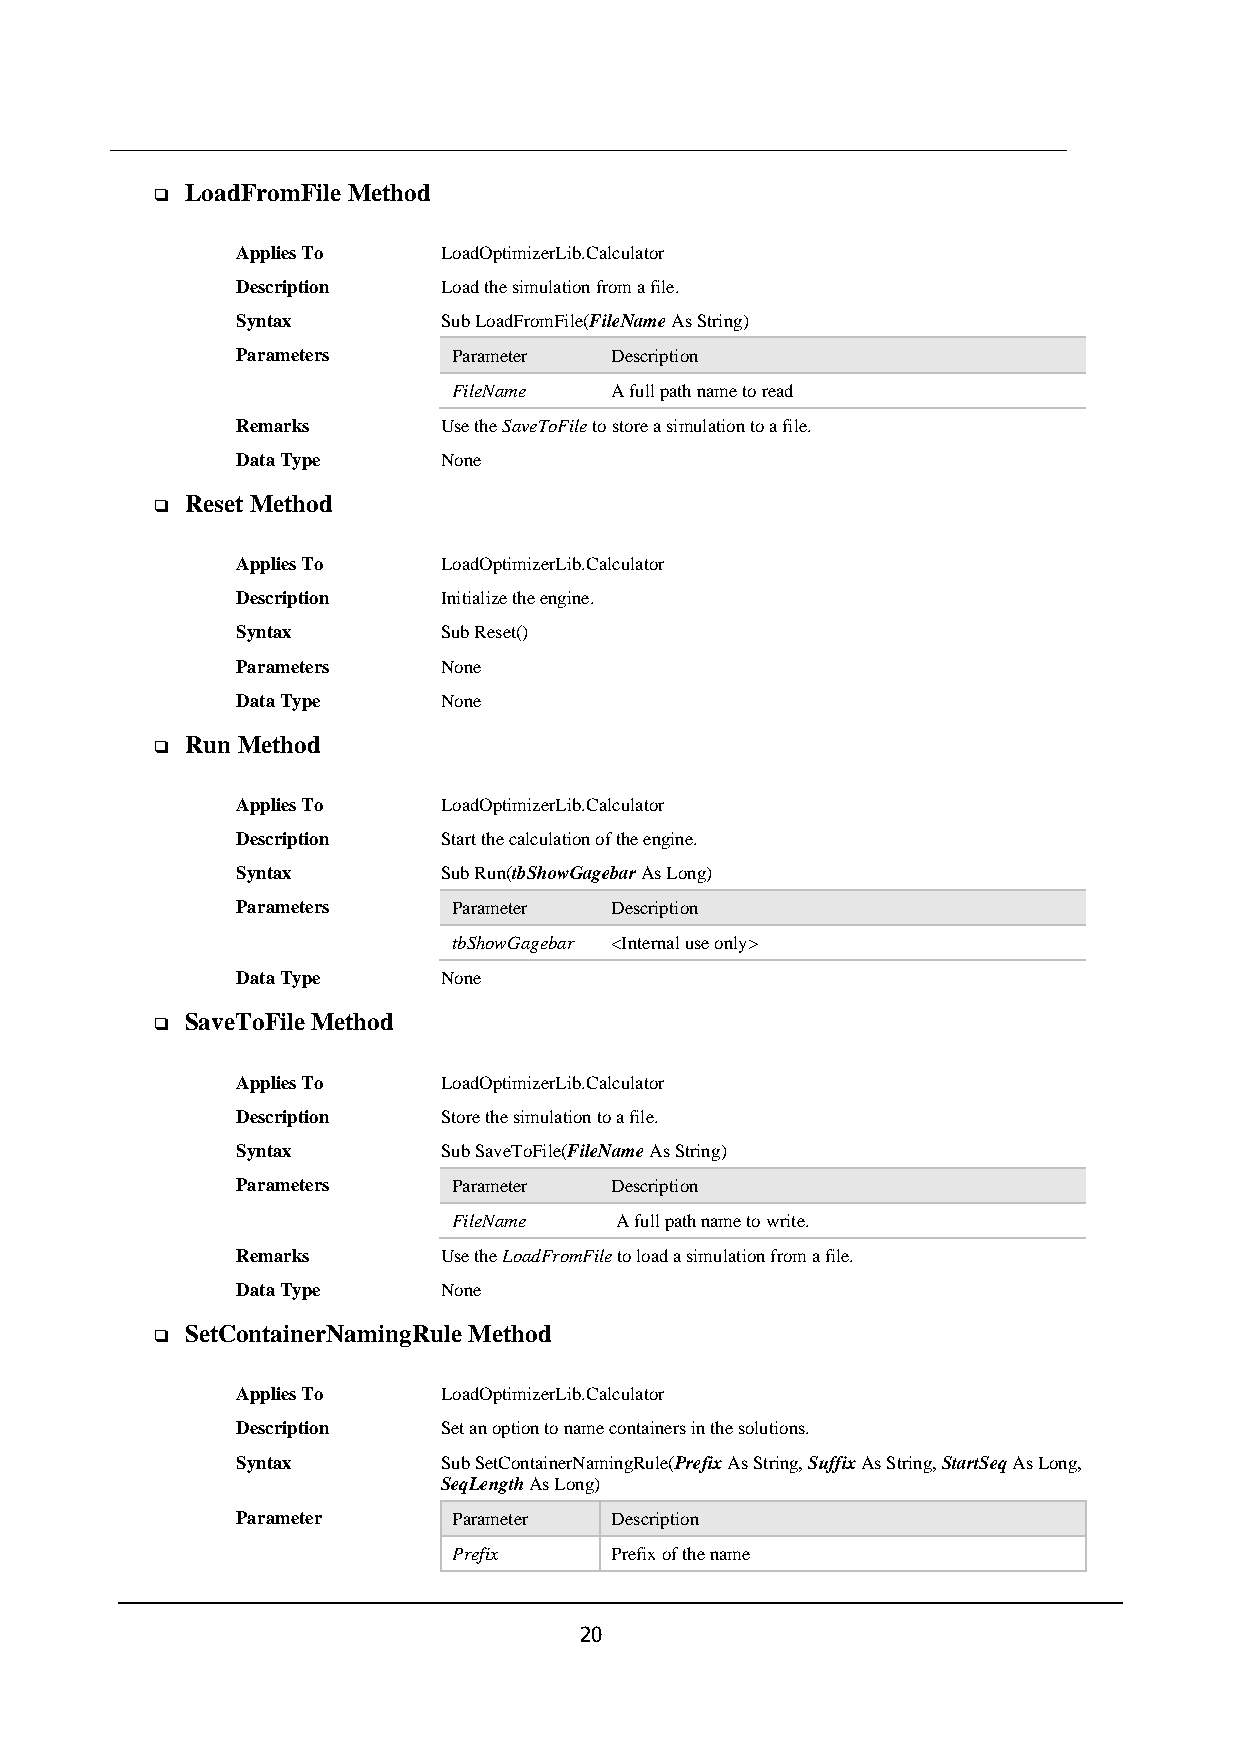
LoadFromFile Method
 ❑
 Applies To   LoadOptimizerLib.Calculator
 Description  Load the simulation from a file.
 Syntax       Sub LoadFromFile(FileName As String)
 Parameters    Parameter Description
 FileName  A full path name to read
 Remarks      Use the SaveToFile to store a simulation to a file.
 Data Type    None
 Reset Method
 ❑
 Applies To   LoadOptimizerLib.Calculator
 Description  Initialize the engine.
 Syntax       Sub Reset()
 Parameters   None
 Data Type    None
 Run Method
 ❑
 Applies To   LoadOptimizerLib.Calculator
 Description  Start the calculation of the engine.
 Syntax       Sub Run(tbShowGagebar As Long)
 Parameters    Parameter Description
 tbShowGagebar <Internal use only>
 Data Type    None
 SaveToFile Method
 ❑
 Applies To   LoadOptimizerLib.Calculator
 Description  Store the simulation to a file.
 Syntax       Sub SaveToFile(FileName As String)
 Parameters    Parameter Description
 FileName   A full path name to write.
 Remarks      Use the LoadFromFile to load a simulation from a file.
 Data Type    None
 SetContainerNamingRule Method
 ❑
 Applies To   LoadOptimizerLib.Calculator
 Description  Set an option to name containers in the solutions.
 Syntax       Sub SetContainerNamingRule(Prefix As String, Suffix As String, StartSeq As Long,
 SeqLength As Long)
 Parameter     Parameter Description
 Prefix    Prefix of the name
 20